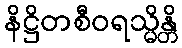
နိဋ္ဌိတစီဝရသ္မိန္တိ